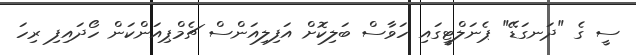
ސީ ގެ "ދަނގަޑޭ" ޕެނަލްޓީގައި ހަވާސް ބަލިކޮށް އަފިލިއަންސް ޗެމްޕިއަންކަން ހޯދައިފި ރިހަ